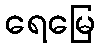
ရေမြေ